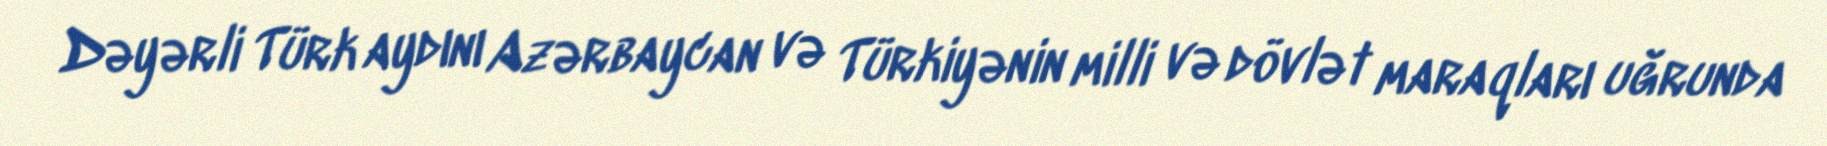
Dəyərli Türk aydını Azərbaycan və Türkiyənin milli və dövlət maraqları uğrunda